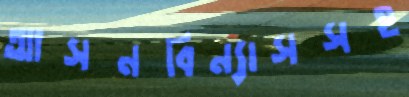
আসনবিন্যাসসহ